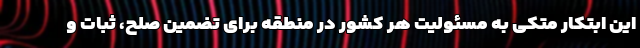
این ابتکار متکی به مسئولیت هر کشور در منطقه برای تضمین صلح، ثبات و